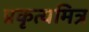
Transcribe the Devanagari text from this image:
प्रकृत्यमित्र